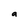
Character: a